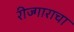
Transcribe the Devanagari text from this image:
रीज्गाराचा